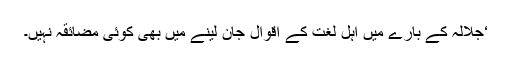
‘جلالہ کے بارے میں اہل لغت کے اقوال جان لینے میں بھی کوئی مضائقہ نہیں۔